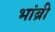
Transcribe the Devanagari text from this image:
भांब्री